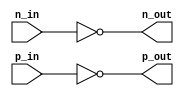
module differential_buffer (
    input p_in,
    input n_in,
    output p_out,
    output n_out
);

// Perform level shifting and inversion
assign p_out = ~p_in;
assign n_out = ~n_in;

// Add termination resistors
assign p_out = p_out;
assign n_out = n_out;

endmodule